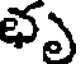
భృ